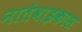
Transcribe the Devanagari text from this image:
नातेवाइकास